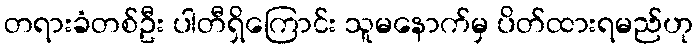
တရားခံတစ်ဦး ပါတီရှိကြောင်း သူမနောက်မှ ပိတ်ထားရမည်ဟု